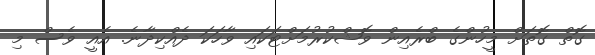
ގޮތް ގޮތަށް މީހުންގެ ބްރެއިން ވޮޝްކުރުމަށްޓަކައި ވާހަކަ ދެއްކިދާނެ. އެއީ ވެސް މި